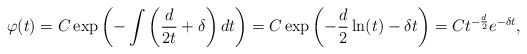
\begin{align*} \varphi(t) = C\exp\left(-\int\left(\frac{d}{2t}+\delta\right)dt\right) = C\exp\left(-\frac{d}{2}\ln(t)-\delta t\right) = C t^{-\frac{d}{2}}e^{-\delta t}, \end{align*}